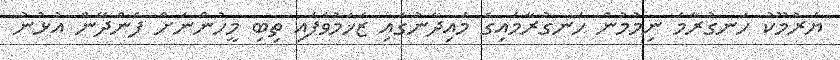
ޔަރުމޫކު ހަނގުރާމަ ނިމުމުން ހަނގުރާމައިގެ މައިދާނުގައި ޒަޚަމުވެފައި ތިބި މީހުންނަށް ފެންދޭން އުޅުނު